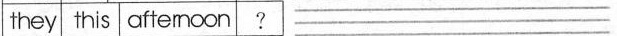
they this afternoon ? ___